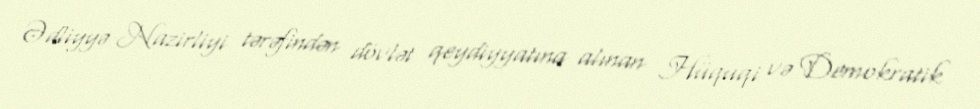
Ədliyyə Nazirliyi tərəfindən dövlət qeydiyyatına alınan Hüquqi və Demokratik